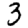
Digit: 3